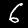
Digit: 6